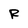
Character: R